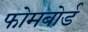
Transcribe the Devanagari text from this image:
फोमबोर्ड